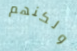
ولكنهم